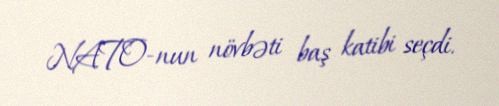
NATO-nun növbəti baş katibi seçdi.